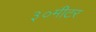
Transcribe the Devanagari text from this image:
३०मीटर